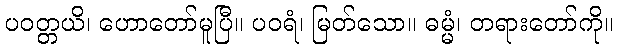
ပဝတ္တယိ၊ ဟောတော်မူပြီ။ ပဝရံ၊ မြတ်သော။ ဓမ္မံ၊ တရားတော်ကို။